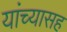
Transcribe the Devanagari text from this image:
यांंच्यासह